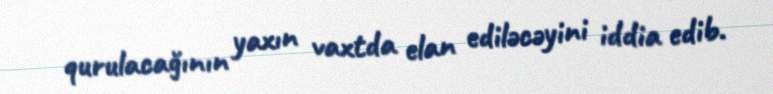
qurulacağının yaxın vaxtda elan ediləcəyini iddia edib.